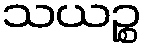
သယဉ္စ